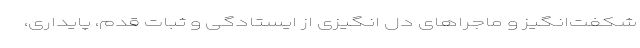
شکفت‌انگیز و ماجراهای دل انگیزی از ایستادگی و ثبات قدم، پایداری،